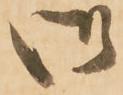
御